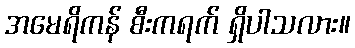
အမေရိကန် စီးကရက် ရှိပါသလား။